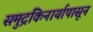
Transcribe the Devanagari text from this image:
समुद्रकिनार्यापासून